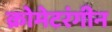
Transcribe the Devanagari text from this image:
क्रोमेटरंगीन